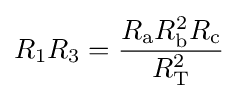
R_{1}R_{3}={\frac {R_{\text{a}}R_{\text{b}}^{2}R_{\text{c}}}{R_{\text{T}}^{2}}}